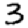
Digit: 3